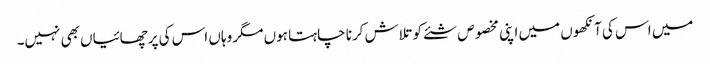
میں اس کی آنکھوں میں اپنی مخصوص شئے کو تلاش کرنا چاہتا ہوں مگر وہاں اس کی پرچھائیاں بھی نہیں۔